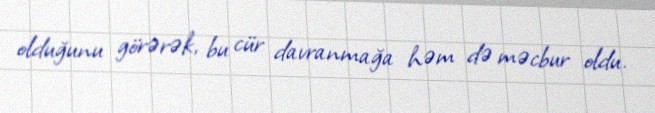
olduğunu görərək, bu cür davranmağa həm də məcbur oldu.